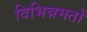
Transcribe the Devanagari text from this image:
विभिन्नमतों